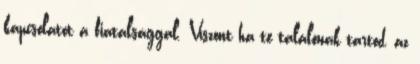
kapcsolatot a fiatalsággal. Viszont ha te találónak tartod, az